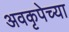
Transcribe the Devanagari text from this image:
अवकृपेच्या